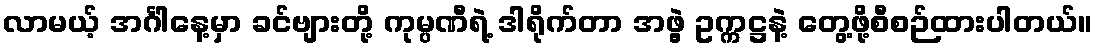
လာမယ့် အင်္ဂါနေ့မှာ ခင်ဗျားတို့ ကုမ္ပဏီရဲ့ ဒါရိုက်တာ အဖွဲ့ ဥက္ကဋ္ဌနဲ့ တွေ့ဖို့စီစဉ်ထားပါတယ်။